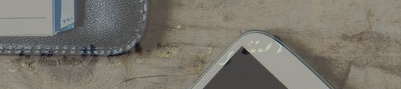
استثمر في عقارات المستقبل